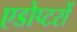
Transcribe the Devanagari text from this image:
एडोप्टरों